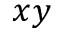
x y